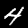
Digit: 4